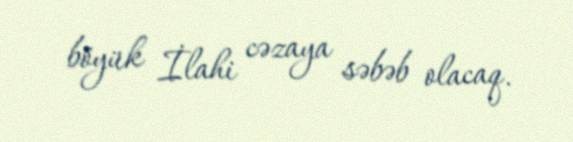
böyük İlahi cəzaya səbəb olacaq.